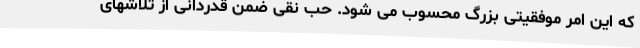
که این امر موفقیتی بزرگ محسوب می شود. حب نقی ضمن قدردانی از تلاشهای